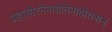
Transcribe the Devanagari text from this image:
प्रहासीरनेनाधीतेनाहोरात्रान्